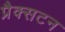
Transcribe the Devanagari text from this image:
प्रैक्सटन